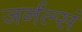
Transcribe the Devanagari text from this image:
जर्नल्सं